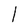
Character: l